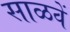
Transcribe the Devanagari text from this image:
साळवें